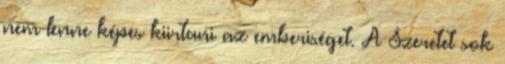
nem lenne képes kiirtani az emberiséget. A Szeretet sok